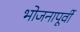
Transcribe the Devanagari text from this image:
भोजनापूर्वी